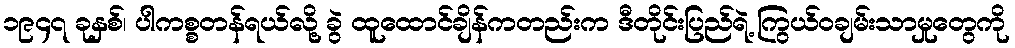
၁၉၄၇ ခုနှစ်၊ ပါကစ္စတန်ရယ်လို့ ခွဲ ထူထောင်ချိန်ကတည်းက ဒီတိုင်းပြည်ရဲ့ ကြွယ်ဝချမ်းသာမှုတွေကို